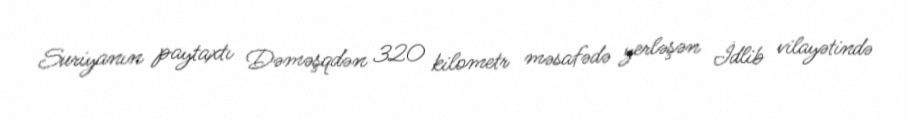
Suriyanın paytaxtı Dəməşqdən 320 kilometr məsafədə yerləşən İdlib vilayətində